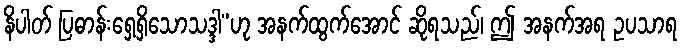
နိပါတ် ပြဓာန်းရှေ့ရှိသောသဒ္ဒါ”ဟု အနက်ထွက်အောင် ဆိုရသည်၊ ဤ အနက်အရ ဥပသာရ